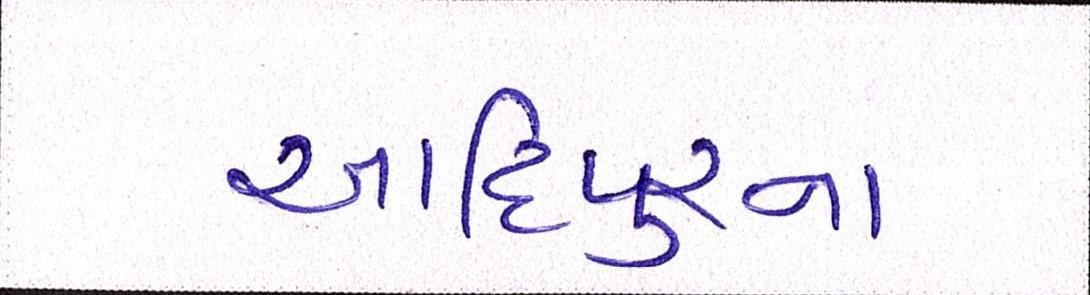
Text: આદિપુરના